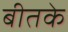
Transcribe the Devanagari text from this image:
बीतके